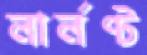
লার্লণ্ট